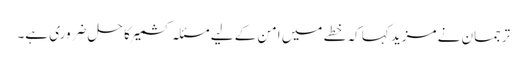
ترجمان نے مزید کہا کہ خطے میں امن کے لیے مسئلہ کشمیر کا حل ضروری ہے۔